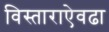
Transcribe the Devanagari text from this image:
विस्ताराऐवढा